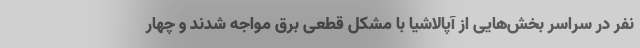
نفر در سراسر بخش‌هایی از آپالاشیا با مشکل قطعی برق مواجه شدند و چهار